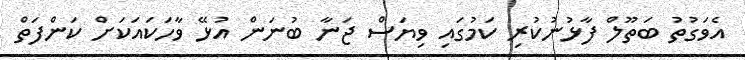
އެވަގުތު ބަތޫލް ފާޅުނުކުރި ކަމުގައި ވިޔަސް ޖަނާ ބުނަން އުޅޭ ވާހަކައަކަށް ކަންފަތް